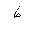
Letter: _da